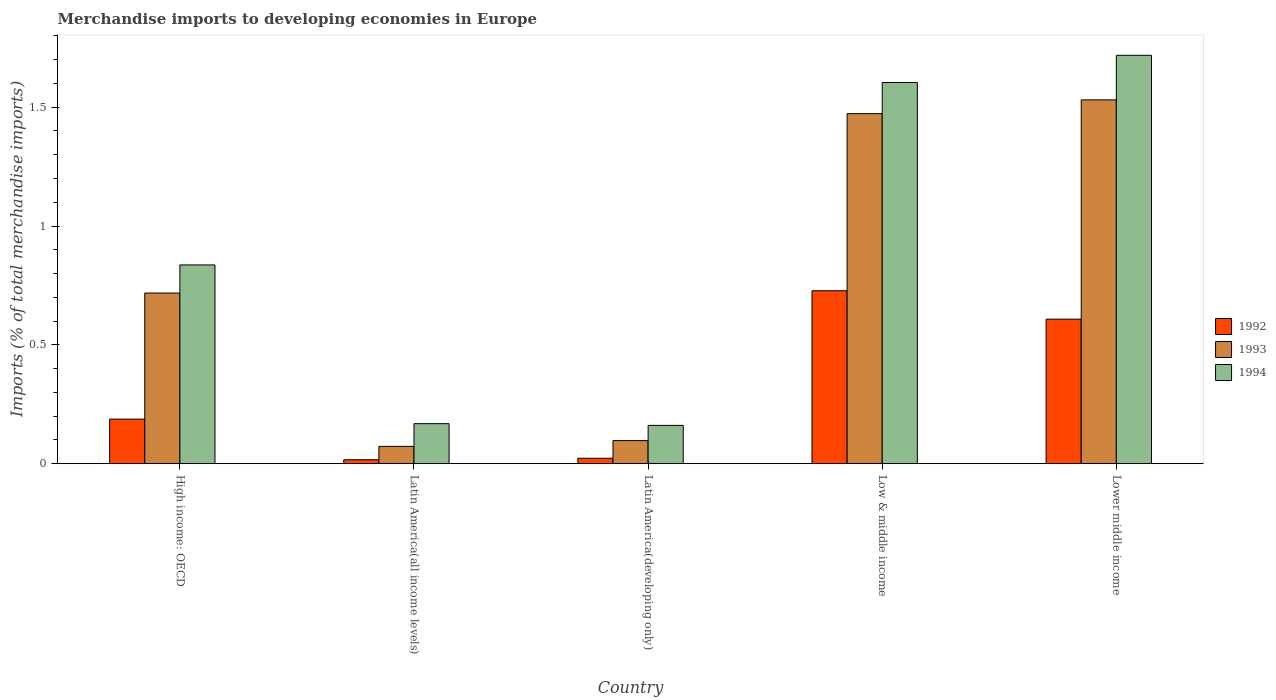
| Country | 1992 | 1993 | 1994 |
 | --- | --- | --- | --- |
 | High income: OECD | 0.188 | 0.718 | 0.836 |
 | Latin America(all income levels) | 0.0169 | 0.073 | 0.169 |
 | Latin America(developing only) | 0.023 | 0.0973 | 0.161 |
 | Low & middle income | 0.728 | 1.47 | 1.6 |
 | Lower middle income | 0.608 | 1.53 | 1.72 |